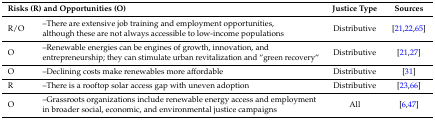
<table><thead><tr><td colspan="2"><b>Risks (R) and Opportunities (O)</b></td><td><b>Justice Type</b></td><td><b>Sources</b></td></tr></thead><tbody><tr><td>R/O</td><td>--There are extensive job training and employment opportunities, although these are not always accessible to low-income populations</td><td>Distributive</td><td>[21,22,65]</td></tr><tr><td>O</td><td>--Renewable energies can be engines of growth, innovation, and entrepreneurship; they can stimulate urban revitalization and “green recovery“</td><td>Distributive</td><td>[21,27]</td></tr><tr><td>O</td><td>--Declining costs make renewables more affordable</td><td>Distributive</td><td>[31]</td></tr><tr><td>R</td><td>--There is a rooftop solar access gap with uneven adoption</td><td>Distributive</td><td>[23,66]</td></tr><tr><td>O</td><td>--Grassroots organizations include renewable energy access and employment in broader social, economic, and environmental justice campaigns</td><td>All</td><td>[6,47]</td></tr></tbody></table>